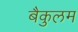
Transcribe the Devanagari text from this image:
बैकुलम